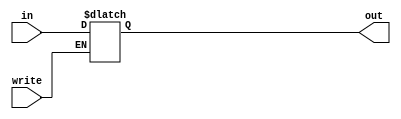
module latch16(in,out,write);
input [15:0]in;
input write;
output reg [15:0] out;
always @(*)
begin
if(write == 1'b0)
 out = in;
 else 
 out = out;
 end
 endmodule